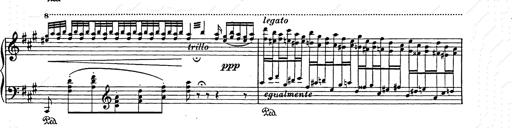
Title: Berceuse
Composer: Lucien Wurmser
Key: A major